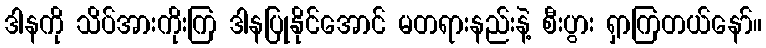
ဒါနကို သိပ်အားကိုးကြ ဒါနပြုနိုင်အောင် မတရားနည်းနဲ့ စီးပွား ရှာကြတယ်နော်။